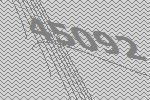
45092